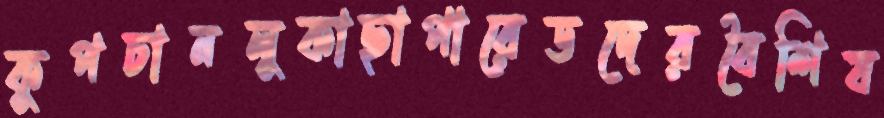
কুপচানলুকাছাপারেডদেরবৈশিষ